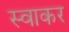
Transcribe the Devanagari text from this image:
स्वाकर